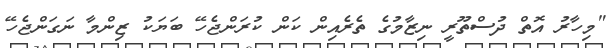
"މިހާރު އޮތް ދުސްތޫރީ ނިޒާމުގެ ތެރެއިން ކަން ކުރަންޖެހޭ ބަޔަކު ޒިންމާ ނަގަންޖެހޭ